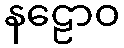
နဠောဝ